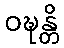
ဝဍ္ဎန္တိ